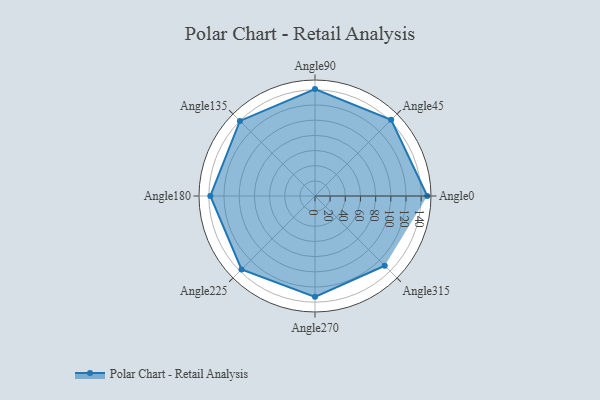
{"axis": {"x": "Angle", "y": "Radius"}, "legend": [""], "data": [{"x": "Angle0", "y": 148.0, "type": ""}, {"x": "Angle45", "y": 142.0, "type": ""}, {"x": "Angle90", "y": 141.0, "type": ""}, {"x": "Angle135", "y": 140.0, "type": ""}, {"x": "Angle180", "y": 138.0, "type": ""}, {"x": "Angle225", "y": 137.0, "type": ""}, {"x": "Angle270", "y": 133.0, "type": ""}, {"x": "Angle315", "y": 130.0, "type": ""}]}